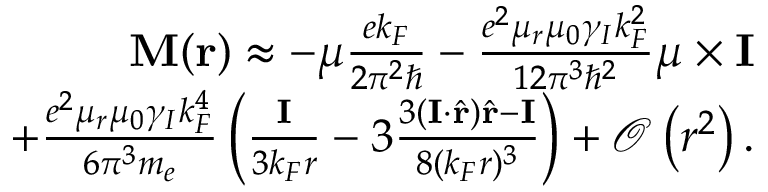
\begin{array} { r } { \mathbf { M } ( \mathbf { r } ) \approx - \boldsymbol { \mu } \frac { e k _ { F } } { 2 \pi ^ { 2 } \hbar } - \frac { e ^ { 2 } \mu _ { r } \mu _ { 0 } \gamma _ { I } k _ { F } ^ { 2 } } { 1 2 \pi ^ { 3 } \hbar ^ { 2 } } \boldsymbol { \mu } \times \mathbf { I } } \\ { + \frac { e ^ { 2 } \mu _ { r } \mu _ { 0 } \gamma _ { I } k _ { F } ^ { 4 } } { 6 \pi ^ { 3 } m _ { e } } \left( \frac { \mathbf { I } } { 3 k _ { F } r } - 3 \frac { 3 ( \mathbf { I } \cdot \hat { \mathbf { r } } ) \hat { \mathbf { r } } - \mathbf { I } } { 8 ( k _ { F } r ) ^ { 3 } } \right) + \mathcal { O } \left( r ^ { 2 } \right) . } \end{array}